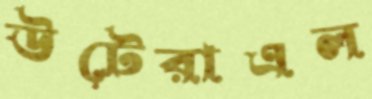
উটেরাএল